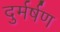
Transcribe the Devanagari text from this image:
दुर्मर्षण